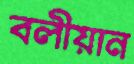
বলীয়ান